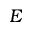
E